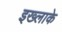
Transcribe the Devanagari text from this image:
इख्लाके